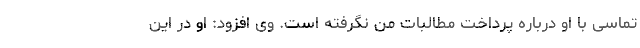
تماسی با او درباره پرداخت مطالبات من نگرفته است. وی افزود: او در این